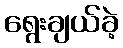
ရွေးချယ်ခဲ့